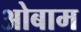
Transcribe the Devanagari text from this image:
ओबाम